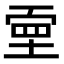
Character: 𡎄